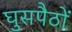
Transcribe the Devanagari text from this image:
घुसपैठों